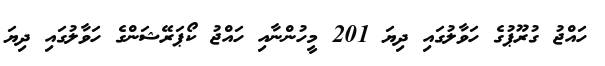
ހައްޖު ގުރޫޕުގެ ހަވާލުގައި ދިޔަ 201 މީހުންނާއި ހައްޖު ކޯޕަރޭޝަންގެ ހަވާލުގައި ދިޔަ